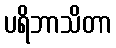
ပရိဘာသိတာ